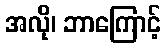
အလို၊ ဘာကြောင့်